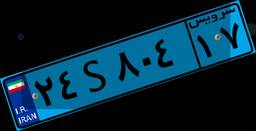
۲۴S۸۰۴۱۷